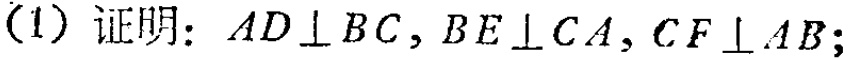
(1) 证明：$AD\perp BC,BE\perp CA,CF\perp AB$;